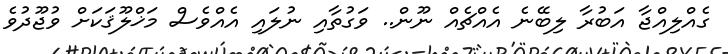
ގެއްލިއްޖާ އަބުރާ ލިބޭނެ އެއްޗެއް ނޫން.. ވަގުތާއި ނުލައި އެއްވެސް މަޚްލޫޤަކަށް ވުޖޫދުވެ